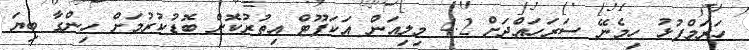
ހަރަމްފުޅު ހިމެނޭ ސަރަހައްދަަށް 4.2 މިލިއަން އަކަފޫޓް އިތުރުކޮށް ބޮޑުކުރުމަށް ހިންގާ ބިޔަ